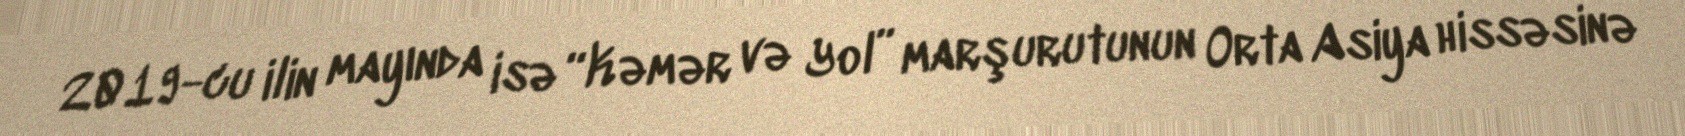
2019-cu ilin mayında isə “Kəmər və Yol” marşurutunun Orta Asiya hissəsinə